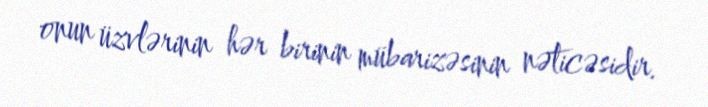
onun üzvlərinin hər birinin mübarizəsinin nəticəsidir.